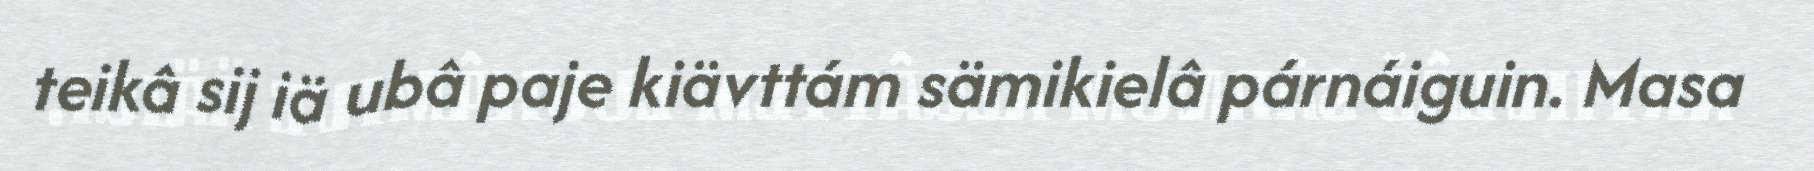
teikâ sij iä ubâ paje kiävttám sämikielâ párnáiguin. Masa